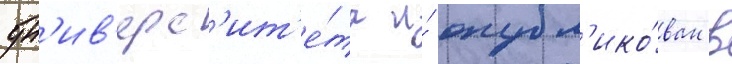
ун'ив'ерс'ит'е́та и́ опубл'ико́ван в